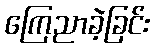
ကြေညာခဲ့ခြင်း